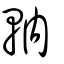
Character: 軜